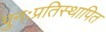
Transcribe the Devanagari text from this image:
पुनःप्रतिस्थापित